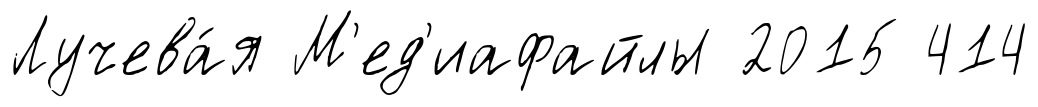
Лучева́я М'ед'иафайлы 2015 414